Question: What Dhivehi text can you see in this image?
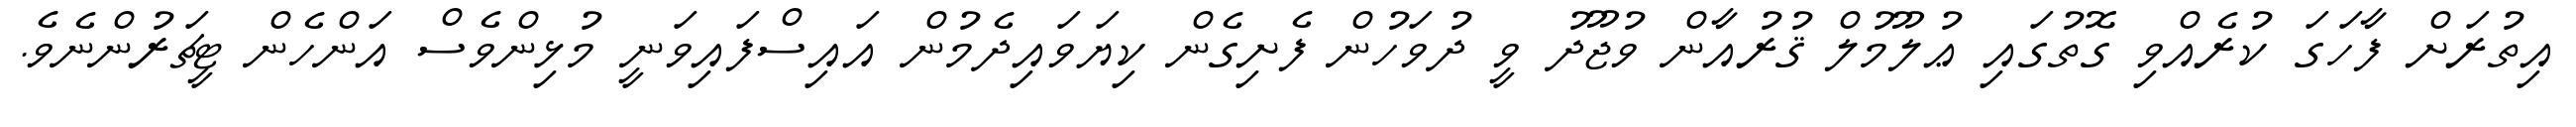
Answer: އިތުރަށް ފާހަގަ ކުރެއްވި ގޮތުގައި ޢުލޫމުލް ޤުރުއާން ވުޖޫދު ވީ ދުވަހުން ފެށިގެން ކިޔަވައިދެމުން އައިސްފައިވަނީ މުޅިންވެސް އަންހެން ޓީޗަރުންނެވެ.